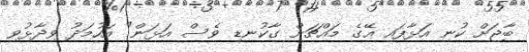
ބާޖަށް ކުނި އަޅާފައި އޭގެ މައްޗަށް ގާކުނޑި ވެސް އަޅަން" އަހުމަދު ވިދާޅުވި